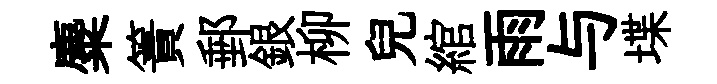
麋簀郵銀柳兒綰雨与堞